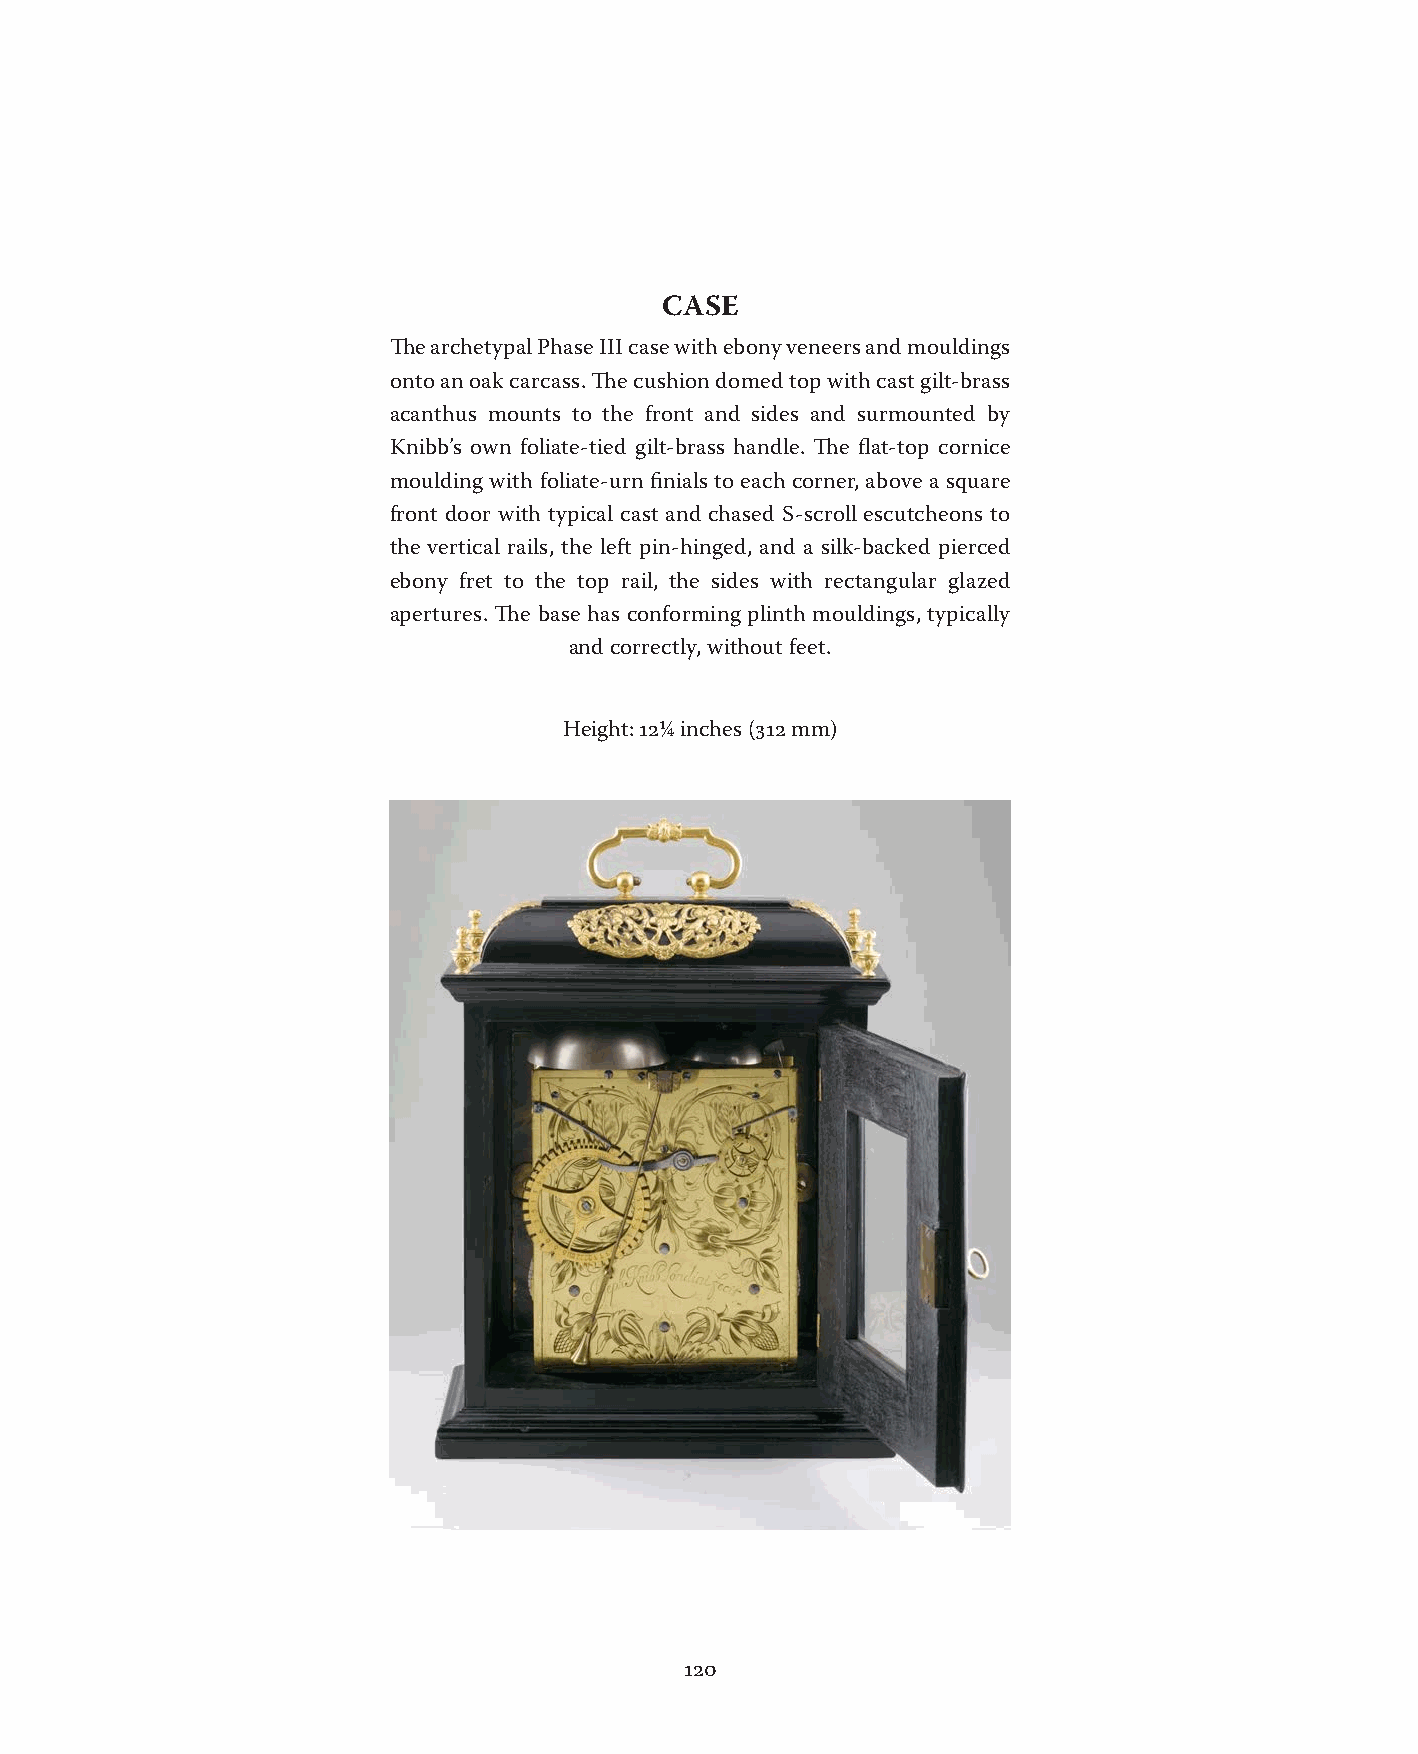
CASE
 The archetypal Phase III case with ebony veneers and mouldings
 onto an oak carcass. The cushion domed top with cast gilt-brass
 acanthus mounts to the front and sides and surmounted by
 Knibb’s own foliate-tied gilt-brass handle. The flat-top cornice
 moulding with foliate-urn finials to each corner, above a square
 front door with typical cast and chased S-scroll escutcheons to
 the vertical rails, the left pin-hinged, and a silk-backed pierced
 ebony fret to the top rail, the sides with rectangular glazed
 apertures. The base has conforming plinth mouldings, typically
 and correctly, without feet.
 Height: 12¼ inches (312 mm)
 120